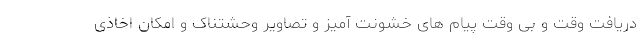
دریافت وقت و بی وقت پیام های خشونت آمیز و تصاویر وحشتناک و امکان اخاذی